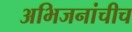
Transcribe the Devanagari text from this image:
अभिजनांचीच